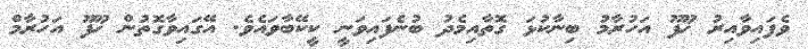
ވެފައިވާއިރު ޚޫފޫ އަހުރާމު ބިނާކުޅަ ގޮތާއިމެދު ބުނެފައިވަނީ ކީކޭބާވައެވެ. އޭގައިވާގޮތުން ޚޫފޫ އަހުރާމް